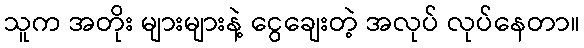
သူက အတိုး များများနဲ့ ငွေချေးတဲ့ အလုပ် လုပ်နေတာ။